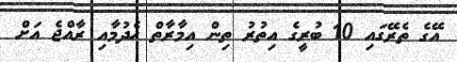
އޭގެ ތެރޭގައި 10 ބުރީގެ އިތުރު ތިން އިމާރާތް ހެދުމާއި ރާއްޖެ އަށް